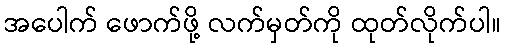
အပေါက် ဖောက်ဖို့ လက်မှတ်ကို ထုတ်လိုက်ပါ။